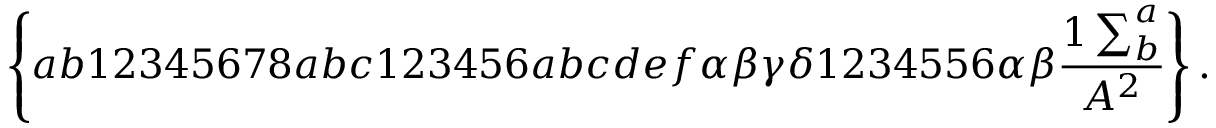
\left\{ a b 1 2 3 4 5 6 7 8 a b c 1 2 3 4 5 6 a b c d e f \alpha \beta \gamma \delta 1 2 3 4 5 5 6 \alpha \beta \frac { 1 \sum _ { b } ^ { a } } { A ^ { 2 } } \right\} .